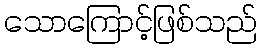
သောကြောင့်ဖြစ်သည်